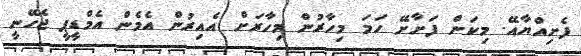
ފެށިއްޔާއޭ. މިކަން ފަށާށޭ ހަމަ މިހާރުން މިހާރަށް އެއިރުން އެމެން އެމްޑީޕީ ޖެހޭނީ